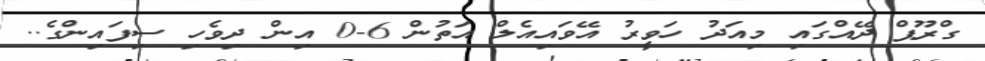
ގްރޫޕް ދޭއްގައި މިއަދު ހަވީރު އޭވައިއެލް އަތުން 6-0 އިން ދިވެހި ސިފައިންގެ..